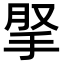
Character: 𢫪